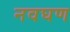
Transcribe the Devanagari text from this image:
नवघण